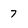
Character: 7